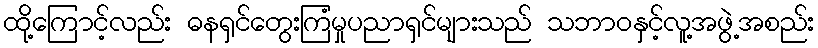
ထို့ကြောင့်လည်း ဓနရှင်တွေးကြံမှုပညာရှင်များသည် သဘာဝနှင့်လူ့အဖွဲ့အစည်း